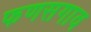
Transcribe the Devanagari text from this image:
फणसगाव